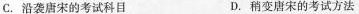
C.沿袭唐宋的考试科目 D.稍变唐宋的考试方法